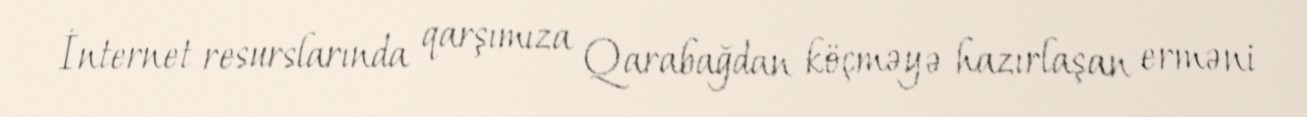
İnternet resurslarında qarşımıza Qarabağdan köçməyə hazırlaşan erməni